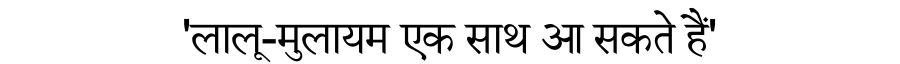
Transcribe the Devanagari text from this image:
'लालू-मुलायम एक साथ आ सकते हैं'